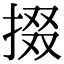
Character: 掇